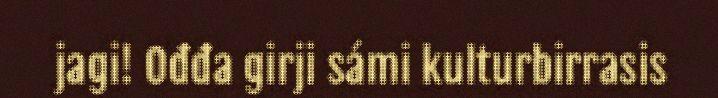
jagi! Ođđa girji sámi kulturbirrasis